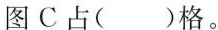
图C占( )格。